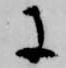
に